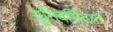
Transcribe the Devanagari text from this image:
यूनिवर्सितास